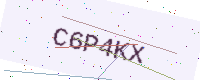
Text: C6P4KX